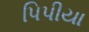
પિપીયા